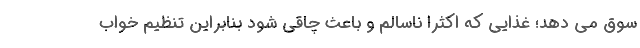
سوق می دهد؛ غذایی که اکثرا ناسالم و باعث چاقی شود بنابراین تنظیم خواب